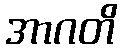
အာဂတိ